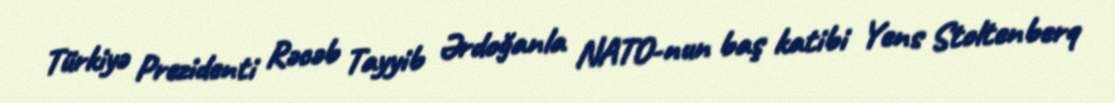
Türkiyə Prezidenti Rəcəb Tayyib Ərdoğanla NATO-nun baş katibi Yens Stoltenberq